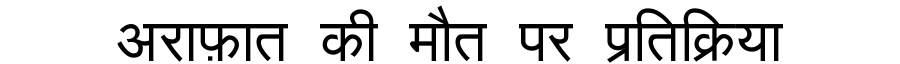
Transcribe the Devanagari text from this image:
अराफ़ात की मौत पर प्रतिक्रिया